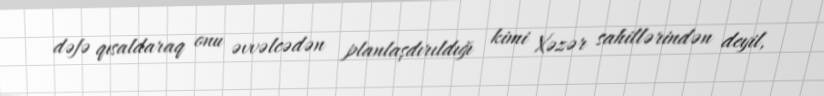
dəfə qısaldaraq onu əvvəlcədən planlaşdırıldığı kimi Xəzər sahillərindən deyil,